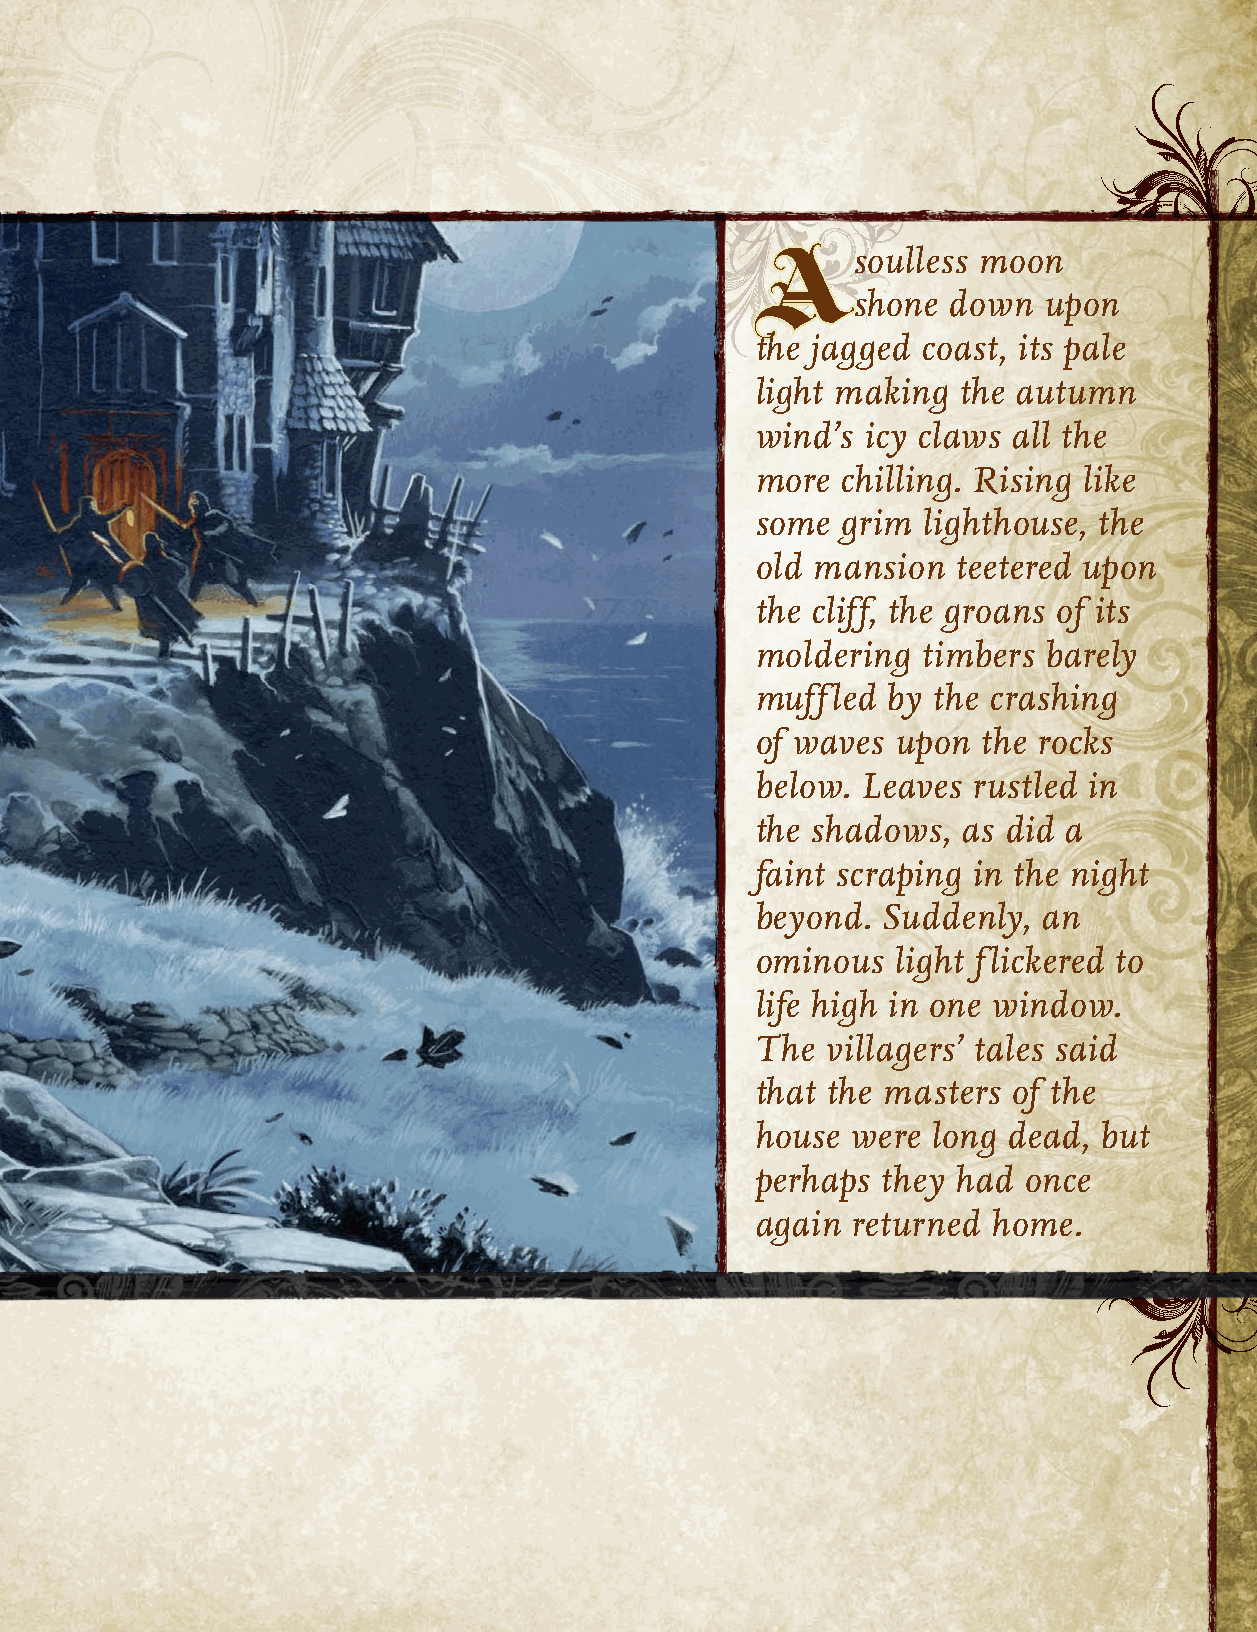
soulless moon
 A
 shone  down  upon
 the jagged coast, its pale
 light making the autumn
 wind’s icy claws all the
 more  chilling. Rising like
 some  grim lighthouse, the
 old mansion  teetered upon
 the cliff, the groans of its
 moldering  timbers barely
 muffled  by the crashing
 of waves upon  the rocks
 below. Leaves rustled in
 the shadows,  as did a
 faint scraping in the night
 beyond. Suddenly,  an
 ominous  light flickered to
 life high in one window.
 The  villagers’ tales said
 that the masters of the
 house were  long dead, but
 perhaps they had  once
 again returned  home.